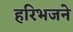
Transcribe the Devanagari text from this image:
हरिभजने